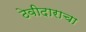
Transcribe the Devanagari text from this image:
ठेवीदाराचा